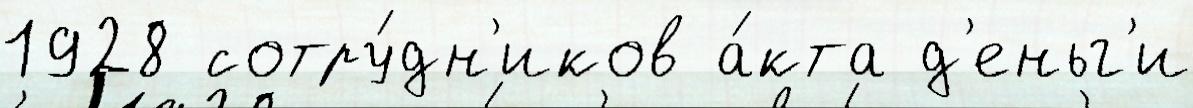
1928 сотру́дн'иков а́кта д'еньг'и